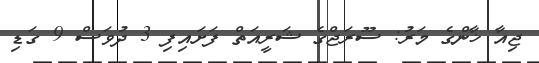
ޖިއާ ޚާންގެ މަރު: ސޫރަޖްގެ ޝަރީއަތް ފަށައިފި 3 ދުވަސް 9 ގަޑި